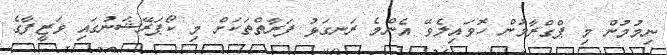
ނިމުމުން މި ޕްގްރާމުން ހޮވައިލެވޭ އެންމެ ރަނގަޅު ފަރާތްތަކަށް މި ކޯޕަރޭޝަނުގައި ވަޒީފާގެ